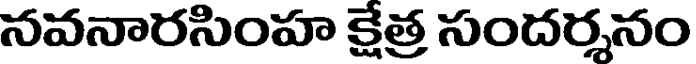
నవనారసింహ క్షేత్ర సందర్శనం